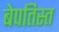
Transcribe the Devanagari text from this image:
बेपतिस्त